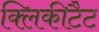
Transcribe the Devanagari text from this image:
क्लिकीटैट